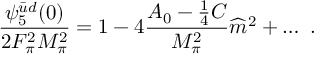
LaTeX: \frac { \psi _ { 5 } ^ { \bar { u } d } ( 0 ) } { 2 F _ { \pi } ^ { 2 } M _ { \pi } ^ { 2 } } = 1 - 4 \frac { A _ { 0 } - \frac { 1 } { 4 } C } { M _ { \pi } ^ { 2 } } \widehat m ^ { 2 } + \ldots \ .